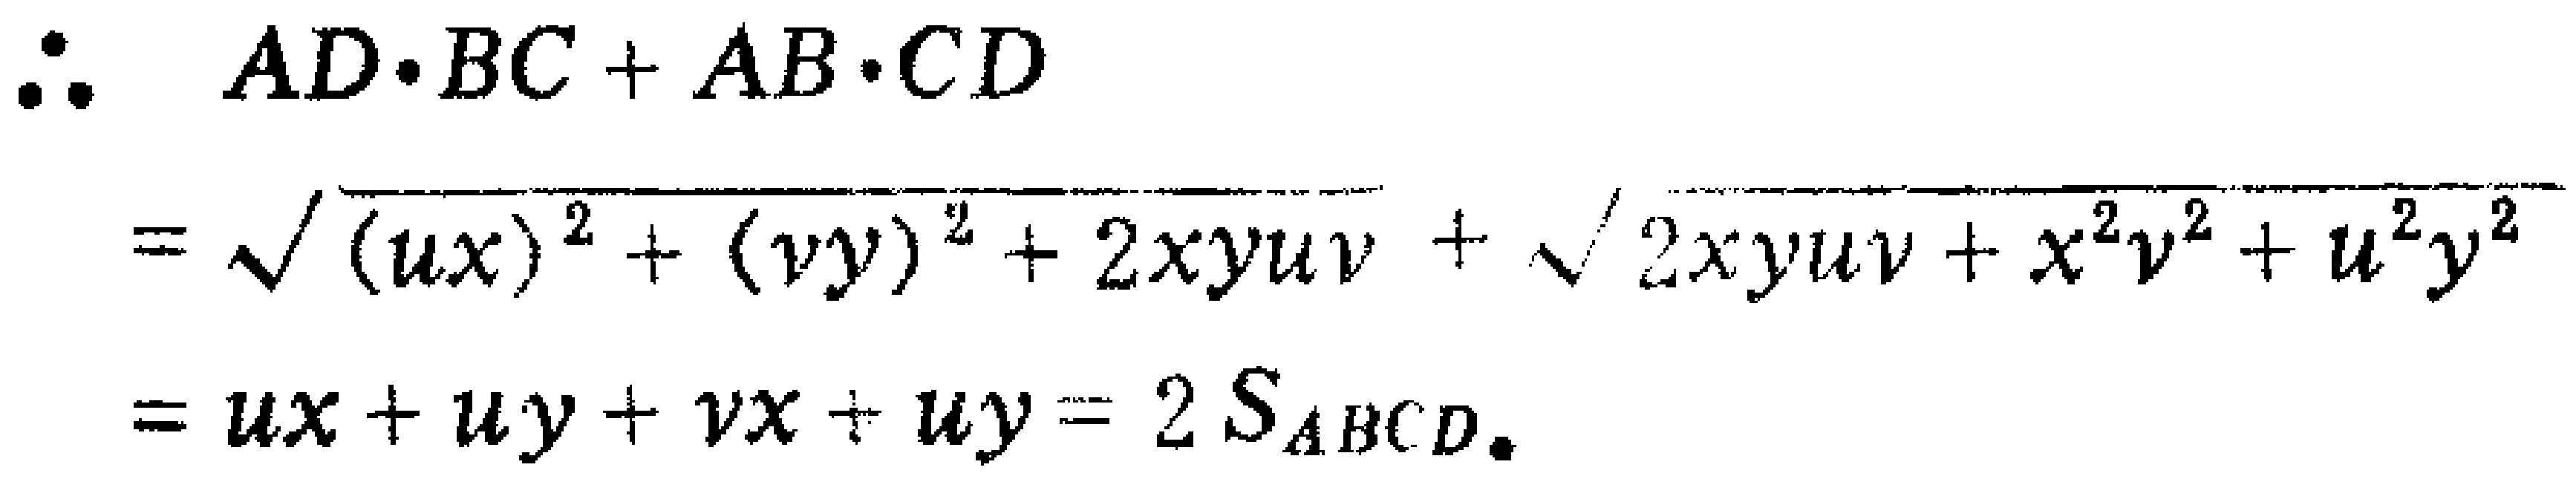
\[\begin{align*}
\therefore\quad & AD\cdot BC + AB\cdot CD\\
=&\sqrt{(ux)^2+(vy)^2 + 2xyuv}+\sqrt{2xyuv+x^{2}v^{2}+u^{2}y^{2}}\\
=&ux + uy+vx + uy=2S_{ABCD}.
\end{align*}\]